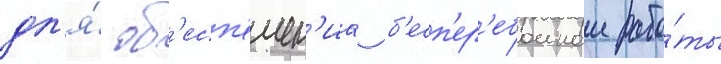
дл'я́ об'есп'ечен'иа б'есп'ер'ебоинои рабо́ты